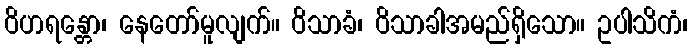
ဝိဟရန္တော၊ နေတော်မူလျက်။ ဝိသာခံ၊ ဝိသာခါအမည်ရှိသော။ ဥပါသိကံ၊